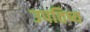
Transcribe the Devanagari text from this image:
उपतिष्य